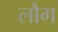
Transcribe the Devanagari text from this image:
लौग